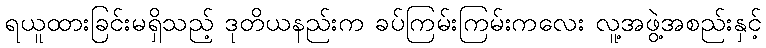
ရယူထားခြင်းမရှိသည့် ဒုတိယနည်းက ခပ်ကြမ်းကြမ်းကလေး လူ့အဖွဲ့အစည်းနှင့်